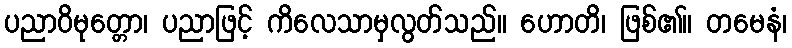
ပညာဝိမုတ္တော၊ ပညာဖြင့် ကိလေသာမှလွတ်သည်။ ဟောတိ၊ ဖြစ်၏။ တမေနံ၊